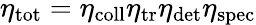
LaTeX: \eta_{\mathrm{tot}}=\eta_{\mathrm{coll}}\eta_{\mathrm{tr}}\eta_{\mathrm{det}}\eta_{\mathrm{spec}}